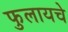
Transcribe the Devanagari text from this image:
फुलायचे